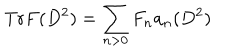
LaTeX: \mathrm { T r } F ( D ^ { 2 } ) = \displaystyle \sum _ { n > 0 } F _ { n } a _ { n } ( D ^ { 2 } )